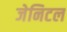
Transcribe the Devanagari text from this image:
जेनिटल